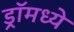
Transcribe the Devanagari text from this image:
ड्रॉमध्ये